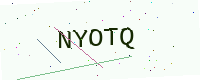
Text: NYOTQ